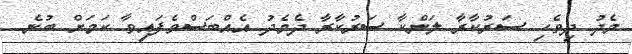
މެދު ދިވެހި ސަރުކާރާ ލަންކާ ސަރުކާރާ ދެމެދު އެއްބަސްވެފައިވާ ކަމަށް ބުނެ